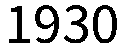
1930